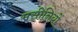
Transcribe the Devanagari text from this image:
मसीनियों